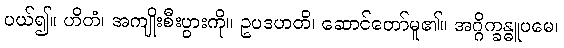
ပယ်၍။ ဟိတံ၊ အကျိုးစီးပွားကို။ ဥပဒဟတိ၊ ဆောင်တော်မူ၏။ အဂ္ဂိက္ခန္ဓူပမေ၊